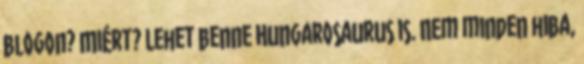
blogon? Miért? Lehet benne Hungarosaurus is. Nem minden hiba,